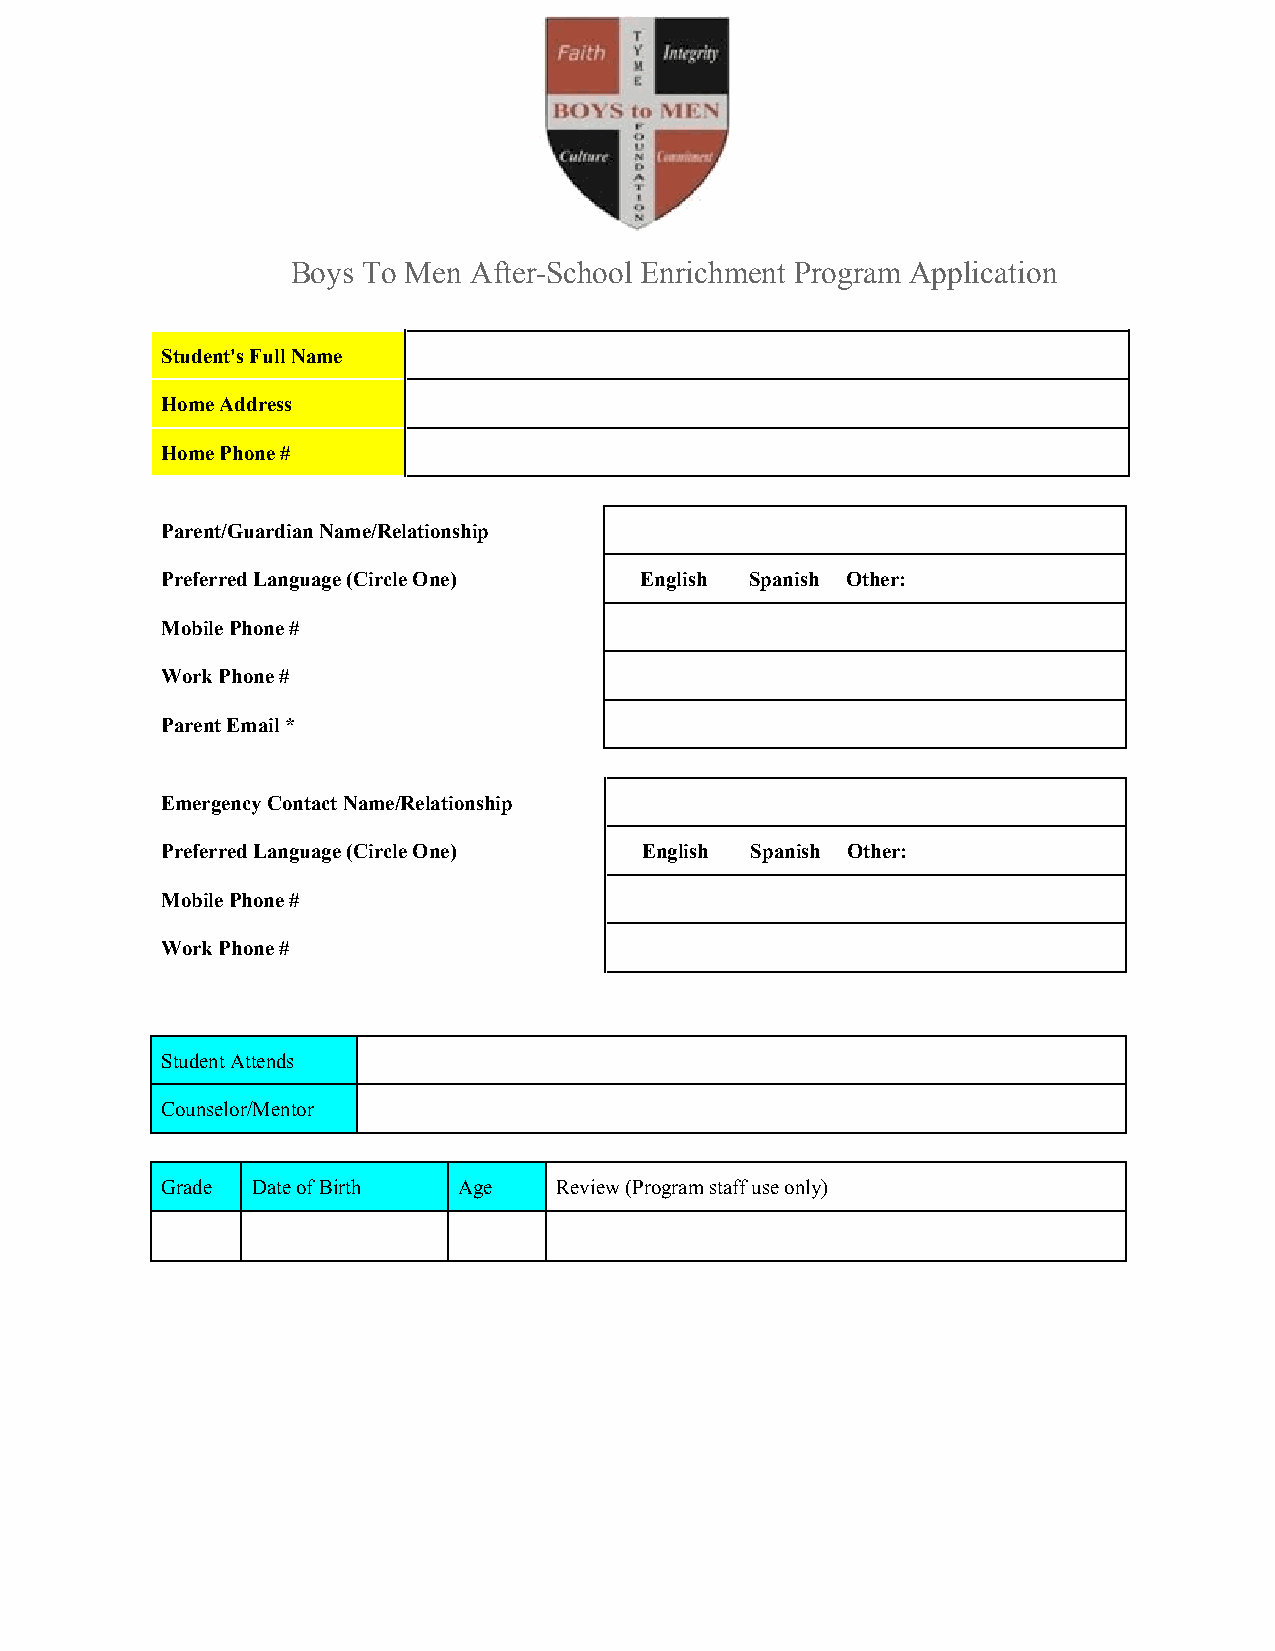
Boys To Men After-School Enrichment Program Application
 Student's Full Name
 Home Address
 Home Phone #
 Parent/Guardian Name/Relationship
 Preferred Language (Circle One) English Spanish Other:
 Mobile Phone #
 Work Phone #
 Parent Email *
 Emergency Contact Name/Relationship
 Preferred Language (Circle One) English Spanish Other:
 Mobile Phone #
 Work Phone #
 Student Attends
 Counselor/Mentor
 Grade Date of Birth Age   Review (Program staff use only)